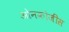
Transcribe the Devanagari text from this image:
ओनकोजींस